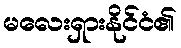
မလေးရှားနိုင်ငံ၏